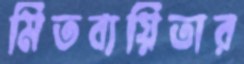
মিতব্যয়িতার